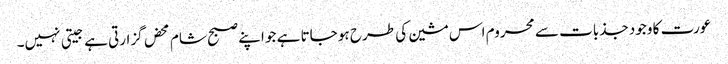
عورت کا وجود جذبات سے محروم اس مشین کی طرح ہو جاتا ہے جو اپنے صبح شام محض گزارتی ہے جیتی نہیں۔